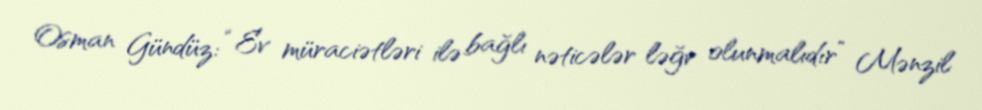
Osman Gündüz: “Ev müraciətləri ilə bağlı nəticələr ləğv olunmalıdır” Mənzil